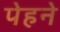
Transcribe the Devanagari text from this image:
पेहने